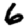
Digit: 6